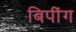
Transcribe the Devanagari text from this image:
बिपींग